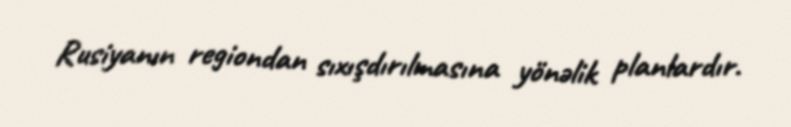
Rusiyanın regiondan sıxışdırılmasına yönəlik planlardır.